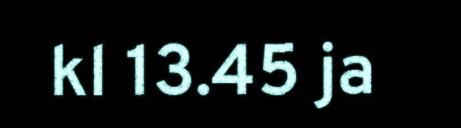
kl 13.45 ja